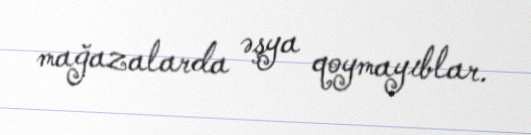
mağazalarda əşya qoymayıblar.